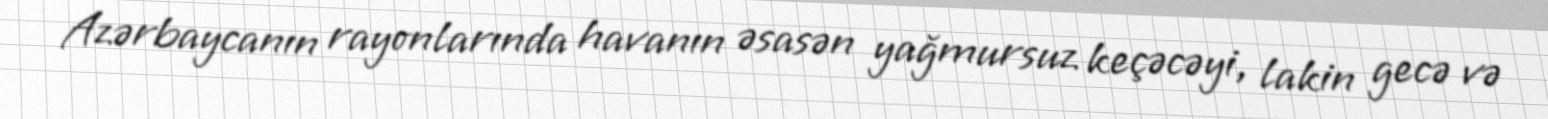
Azərbaycanın rayonlarında havanın əsasən yağmursuz keçəcəyi, lakin gecə və